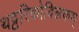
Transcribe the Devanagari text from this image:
थट्टरिकोविलकम्